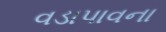
વડાપાવના